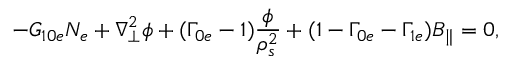
- G _ { 1 0 e } N _ { e } + \nabla _ { \perp } ^ { 2 } \phi + ( \Gamma _ { 0 e } - 1 ) \frac { \phi } { \rho _ { s } ^ { 2 } } + ( 1 - \Gamma _ { 0 e } - \Gamma _ { 1 e } ) B _ { \parallel } = 0 ,